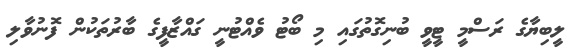
ލީބިޔާގެ ރަސްމީ ޓީވީ ބުނިގޮތުގައި މި ބޯޓު ވެއްޓުނީ ގައްޒާފީގެ ބާރުތަކުން ފޮނުވާލި